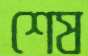
শেষ